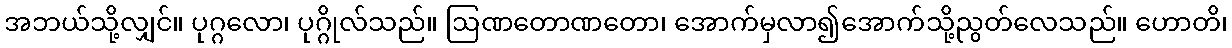
အဘယ်သို့လျှင်။ ပုဂ္ဂလော၊ ပုဂ္ဂိုလ်သည်။ ဩဏတောဏတော၊ အောက်မှလာ၍အောက်သို့ညွတ်လေသည်။ ဟောတိ၊